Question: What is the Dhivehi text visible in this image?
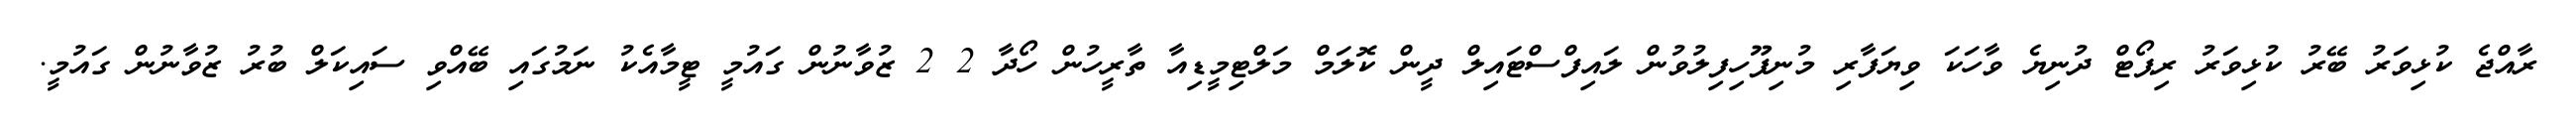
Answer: ރާއްޖެ ކުޅިވަރު ބޭރު ކުޅިވަރު ރިޕޯޓް ދުނިޔެ ވާހަކަ ވިޔަފާރި މުނިފޫހިފިލުވުން ލައިފްސްޓައިލް ދީން ކޮލަމް މަލްޓިމީޑިއާ ތާރީހުން ހޯދާ 2 2 ޒުވާނުން ގައުމީ ޓީމާއެކު ނަމުގައި ބޭއްވި ސައިކަލް ބުރު ޒުވާނުން ގައުމީ.